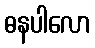
ဓနပါလော